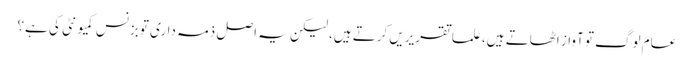
عام لوگ تو آواز اٹھاتے ہیں، علما تقریریں کرتے ہیں، لیکن یہ اصل ذمہ داری تو بزنس کمیونٹی کی ہے؟